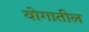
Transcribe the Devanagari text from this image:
योगातील